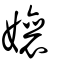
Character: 孃